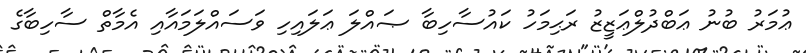
ޢުމަރު ބުނު ޢަބްދުލްޢަޒީޒު ރަޙިމަހު ކައުސާހިބާ ޞައްލަ ޢަލައިހި ވަސައްލަމައާއި އެމާތް ސާހިބާގެ